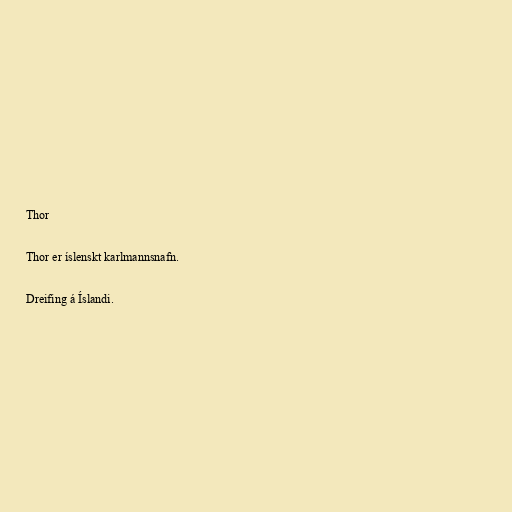
Thor

Thor er íslenskt karlmannsnafn.

Dreifing á Íslandi.